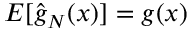
E [ { \hat { g } } _ { N } ( x ) ] = g ( x )